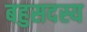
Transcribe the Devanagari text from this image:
बहुसदस्य